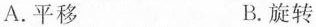
A.平移 B.旋转